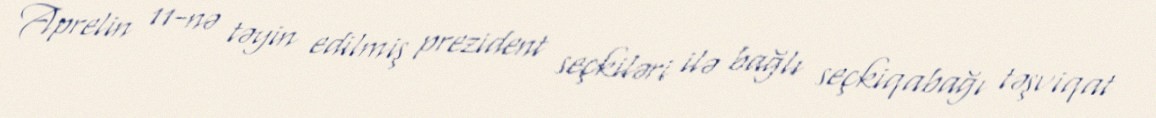
Aprelin 11-nə təyin edilmiş prezident seçkiləri ilə bağlı seçkiqabağı təşviqat